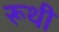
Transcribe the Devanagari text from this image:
रूथी